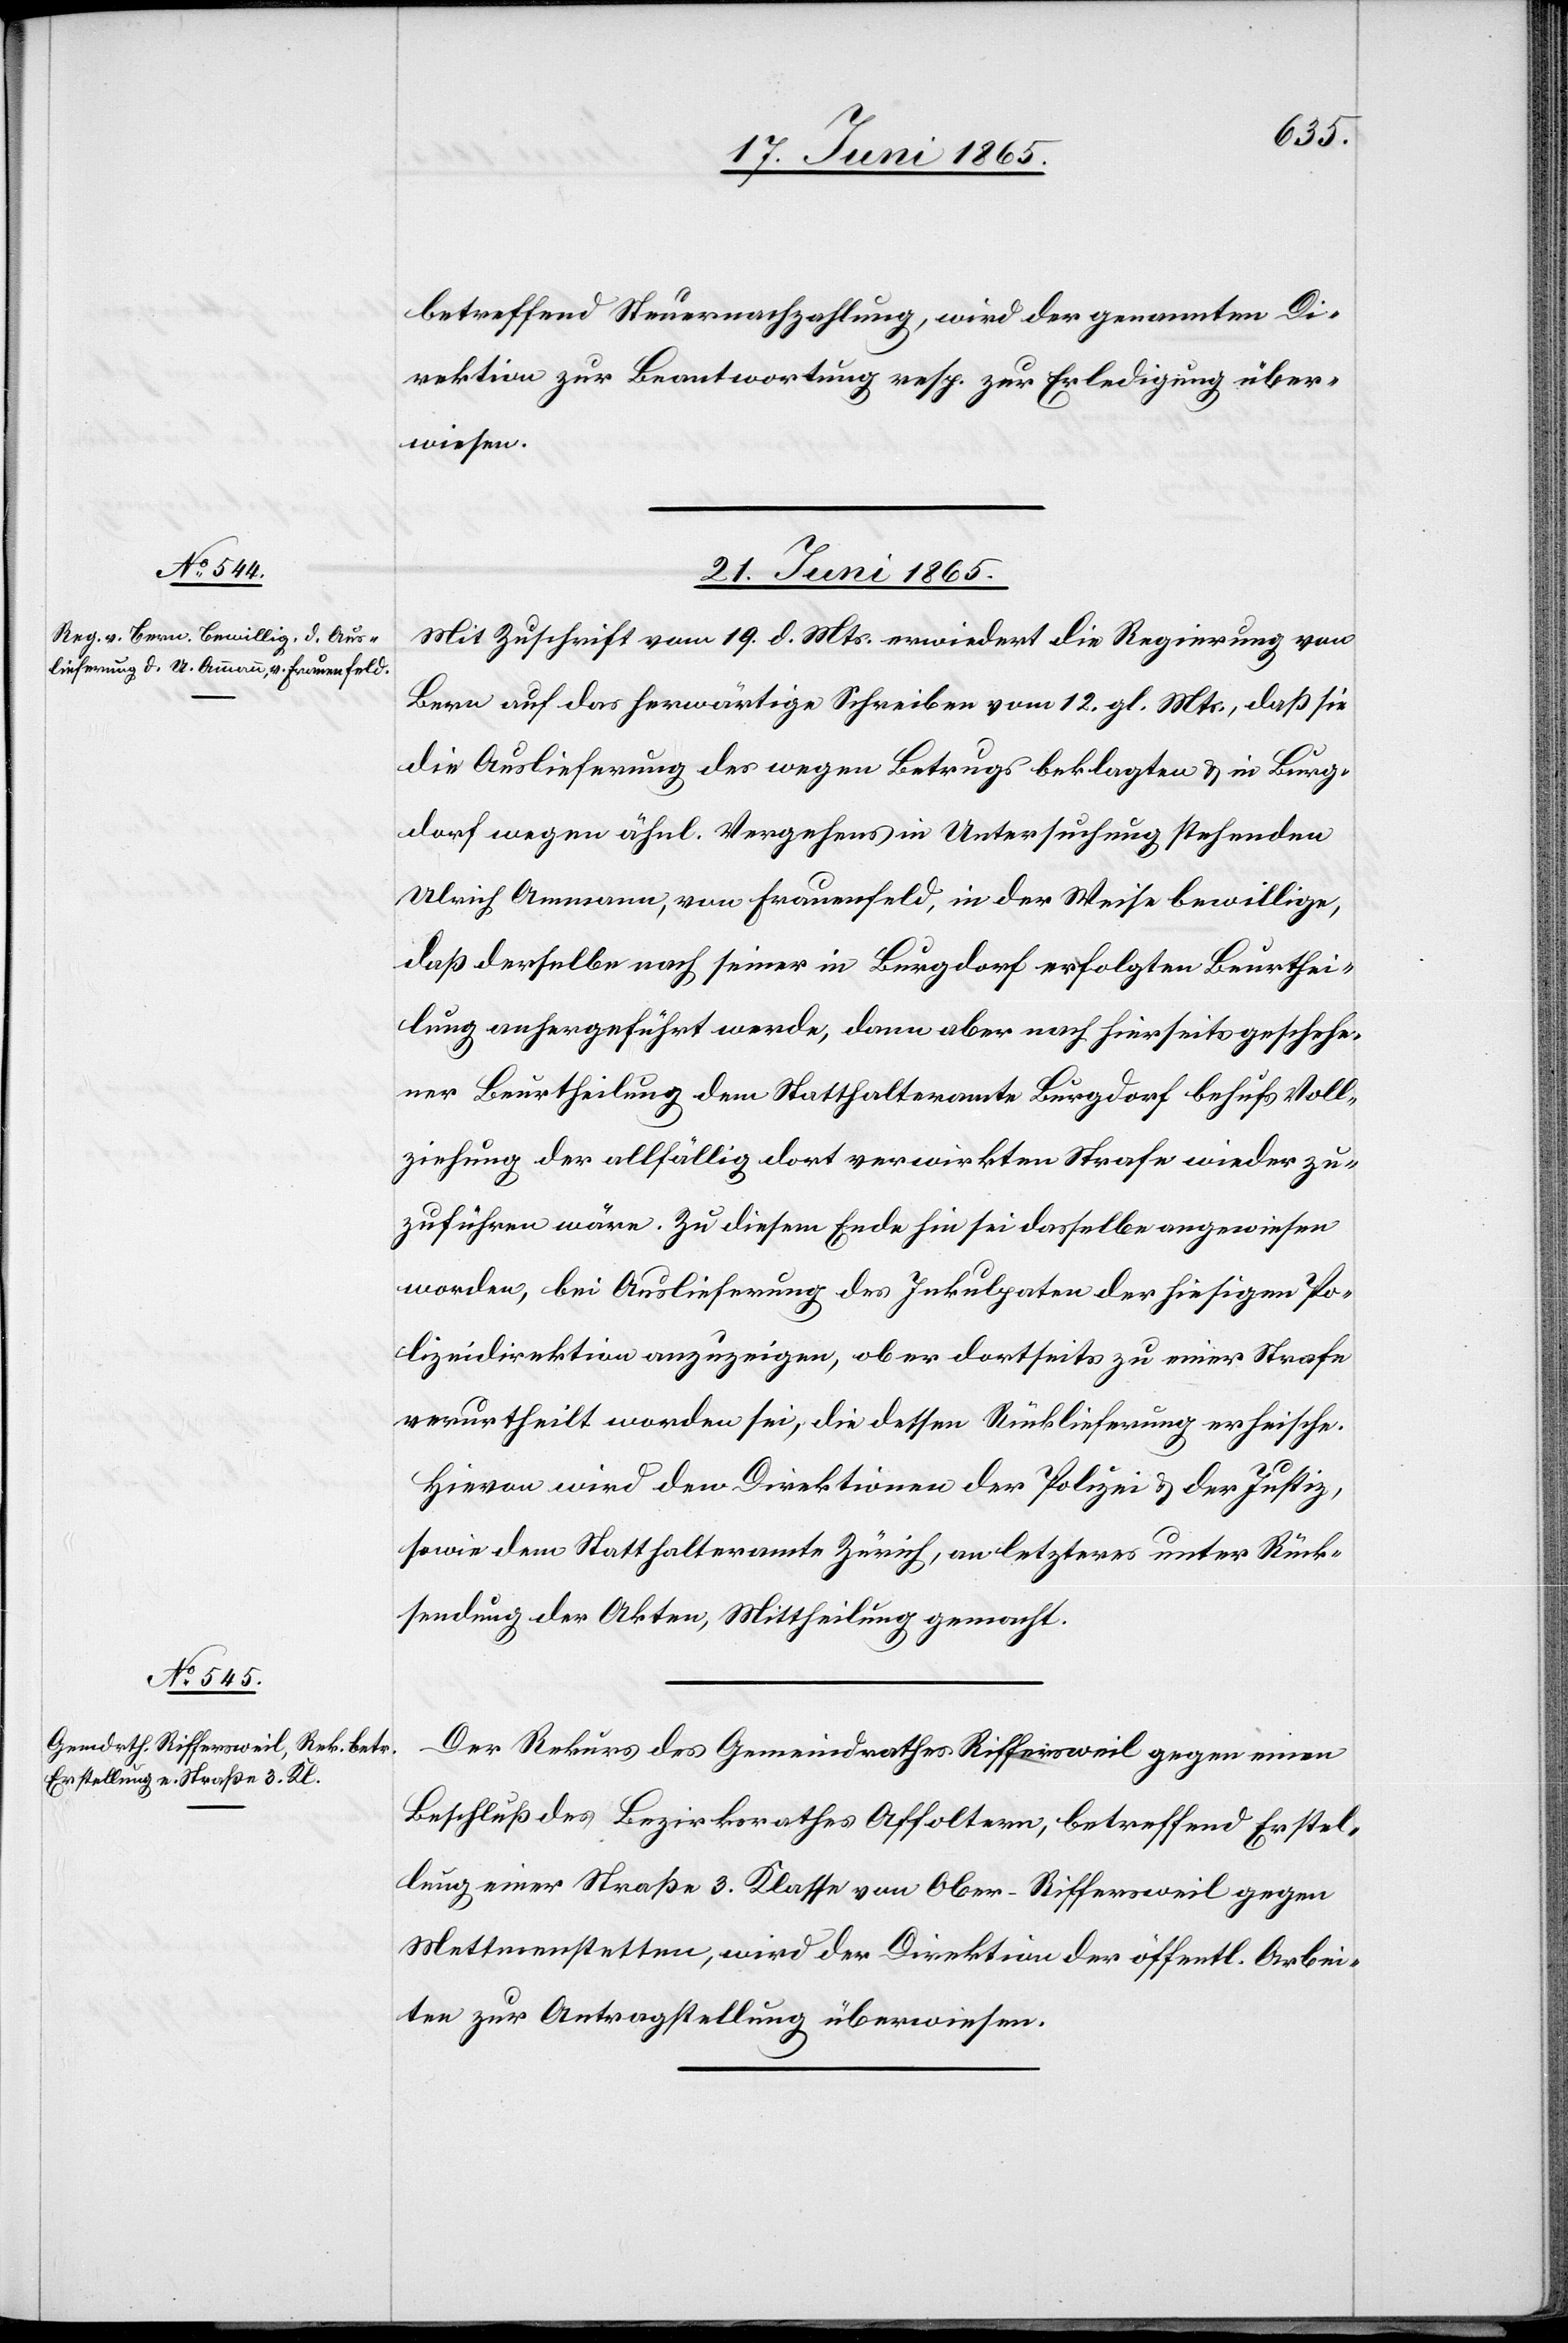
betreffend Steuernachzahlung, wird der genannten Di¬
rektion zur Beantwortung resp. zur Erledigung über¬
wiesen.
21. Juni 1865.]
Mit Zuschrift vom 19. d. Mts. erwiedert die Regierung von
Bern auf das herwärtige Schreiben vom 12. gl. Mts., daß sie
die Auslieferung des wegen Betrugs beklagten & in Burg¬
dorf wegen ähnl. Vergehens in Untersuchung stehenden
Ulrich Ammann, von Frauenfeld, in der Weise bewillige,
daß derselbe nach seiner in Burgdorf erfolgten Beurthei¬
lung anhergeführt werde, dann aber nach hierseits geschehe¬
ner Beurtheilung dem Statthalteramte Burgdorf behufs Voll¬
ziehung der allfällig dort verwirkten Strafe wieder zu¬
zuführen wäre. Zu diesem Ende hin sei dasselbe angewiesen
worden, bei Auslieferung des Inkulpaten der hiesigen Po¬
lizeidirektion anzuzeigen, ob er dortseits zu einer Strafe
verurtheilt worden sei, die dessen Rücklieferung erheische.
Hievon wird den Direktionen der Polizei & der Justiz,
sowie dem Statthalteramte Zürich, an letzteres unter Rück¬
sendung der Akten, Mittheilung gemacht.
Der Rekurs des Gemeindrathes Riffersweil gegen einen
Beschluß des Bezirksrathes Affoltern, betreffend Erstel¬
lung einer Straße 3. Klasse von Ober-Riffersweil gegen
Metmenstetten, wird der Direktion der öffentl. Arbei¬
ten zur Antragstellung überwiesen.